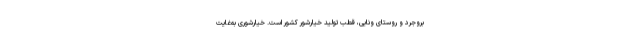
بروجرد و روستای ونایی، قطب تولید خیارشور کشور است. خیارشوری به‌غایت